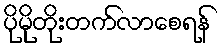
ပိုမိုတိုးတက်လာစေရန်